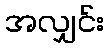
အလျှင်း